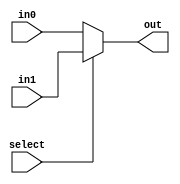
module mux_2_32bit(select, in0, in1, out);
	input select;
	input [31:0] in0, in1;
	output [31:0] out;
	assign out = select ? in1 : in0;
	endmodule